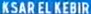
KSAR EL KEBIR